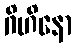
ဂိဟိနော